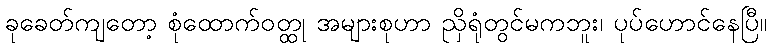
ခုခေတ်ကျတော့ စုံထောက်ဝတ္ထု အများစုဟာ ညှိရုံတွင်မကဘူး၊ ပုပ်ဟောင်နေပြီ။